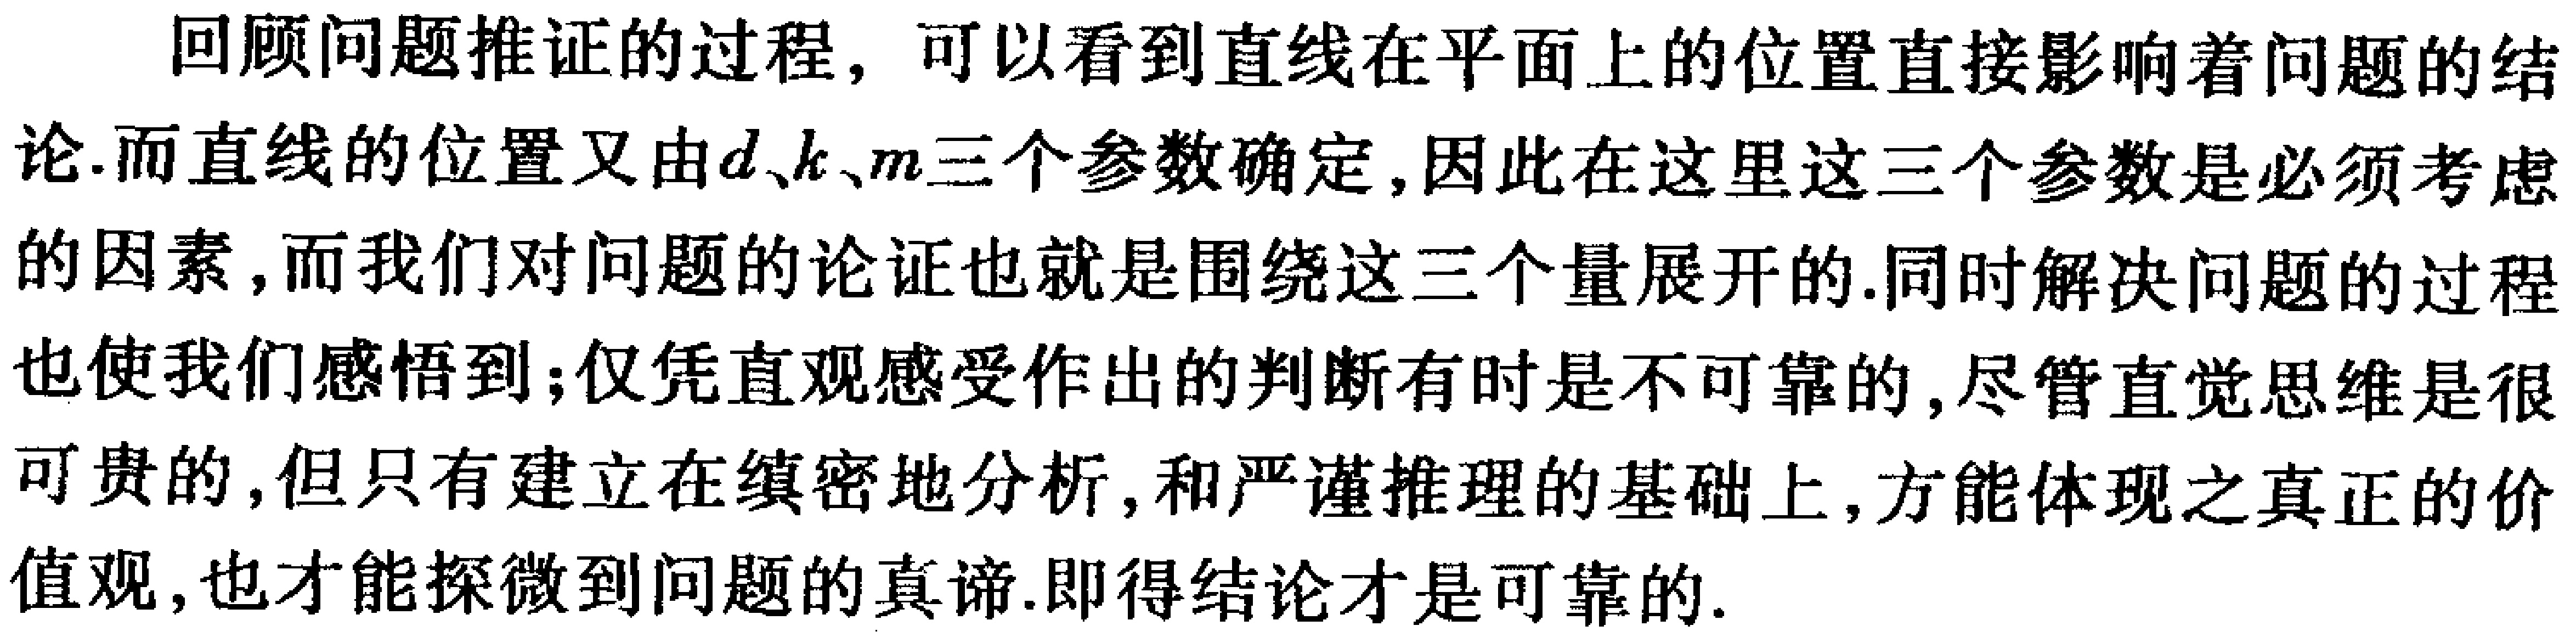
回顾问题推证的过程，可以看到直线在平面上的位置直接影响着问题的结论.而直线的位置又由\(d、k、m\)三个参数确定,因此在这里这三个参数是必须考虑的因素,而我们对问题的论证也就是围绕这三个量展开的.同时解决问题的过程也使我们感悟到;仅凭直观感受作出的判断有时是不可靠的,尽管直觉思维是很可贵的,但只有建立在缜密地分析,和严谨推理的基础上,方能体现之真正的价值观,也才能探微到问题的真谛.即得结论才是可靠的.